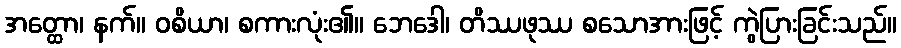
အတ္ထော၊ နက်။ ဝစိယာ၊ စကားလုံး၏။ ဘေဒေါ၊ တိဿဖုဿ စသောအားဖြင့် ကွဲပြားခြင်းသည်။